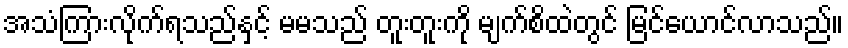
အသံကြားလိုက်ရသည်နှင့် မမသည် တူးတူးကို မျက်စိထဲတွင် မြင်ယောင်လာသည်။